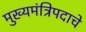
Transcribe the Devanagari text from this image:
मुख्यमंत्रिपदाचे